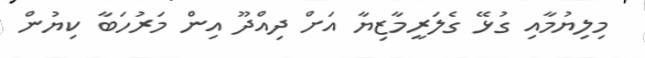
މިލިޔުމާއި ގުޅޭ ގެލަރީމާޒިޔާ އަށް ދިއްދޫ އިން މަރުހަބާ ކިޔުން